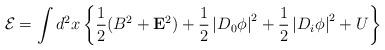
LaTeX: \begin{align*}{\cal E}=\int d^2x\left\{ \frac 12(B^2+{\bf E}^2)+\frac 12\left| D_0\phi\right| ^2+\frac 12\left| D_i\phi \right| ^2+U\right\} \end{align*}